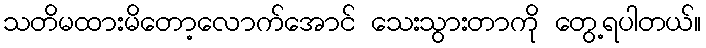
သတိမထားမိတော့လောက်အောင် သေးသွားတာကို တွေ့ရပါတယ်။